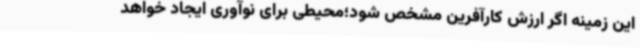
این زمینه اگر ارزش کارآفرین مشخص شود؛محیطی برای نوآوری ایجاد خواهد